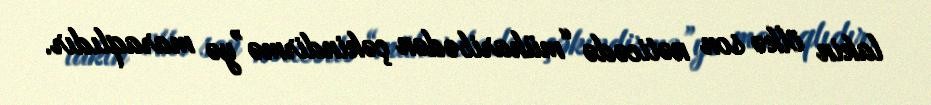
lakin ölkə son nəticədə “müharibədən çəkindirmə”yə maraqlıdır.